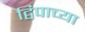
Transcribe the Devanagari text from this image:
द्विपाच्या